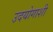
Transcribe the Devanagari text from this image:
उदयोगाशी